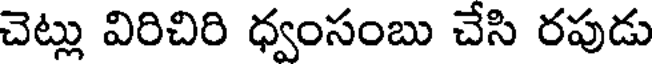
చెట్లు విరిచిరి ధ్వంసంబు చేసి రపుడు